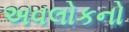
અવલોકનો